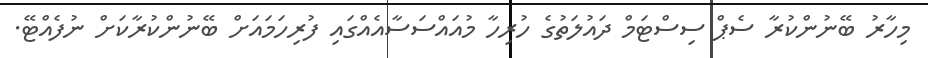
މިހާރު ބޭނުންކުރާ ސެޕް ސިސްޓަމް ދައުލަތުގެ ހުރިހާ މުއައްސަސާއެއްގައި ފުރިހަމައަށް ބޭނުންކުރާކަށް ނުފެއްޓޭ.